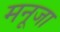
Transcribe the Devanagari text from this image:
मनूजा